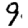
Digit: 9